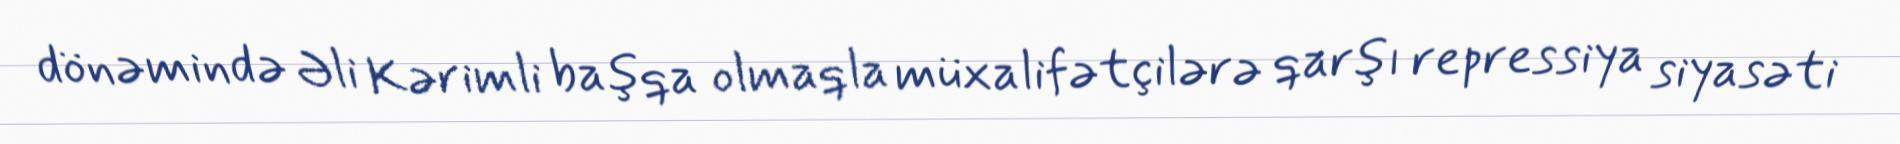
dönəmində Əli Kərimli başqa olmaqla müxalifətçilərə qarşı repressiya siyasəti